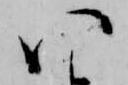
い